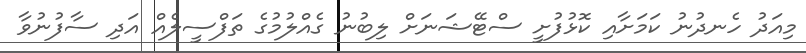
މިއަދު ހެނދުނު ކަމަށާއި ކޮޅުފުށީ ސްޓޭޝަނަށް ލިބުނު ގެއްލުމުގެ ތަފްސީލެއް އަދި ސާފުނުވާ